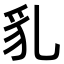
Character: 𧲠